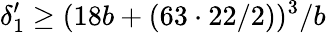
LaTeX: \delta_{1}^{\prime}\geq(18b+(63\cdot 22/2))^{3}/b